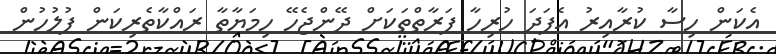
އެކަން ހިސާ ކުރާއިރު އެފަދަ ހުރިހާ ފަރާތްތަކަށް ދޭންޖެހޭ ހިމަޔާތާ ރައްކާތެރިކަން ފުލުހުން